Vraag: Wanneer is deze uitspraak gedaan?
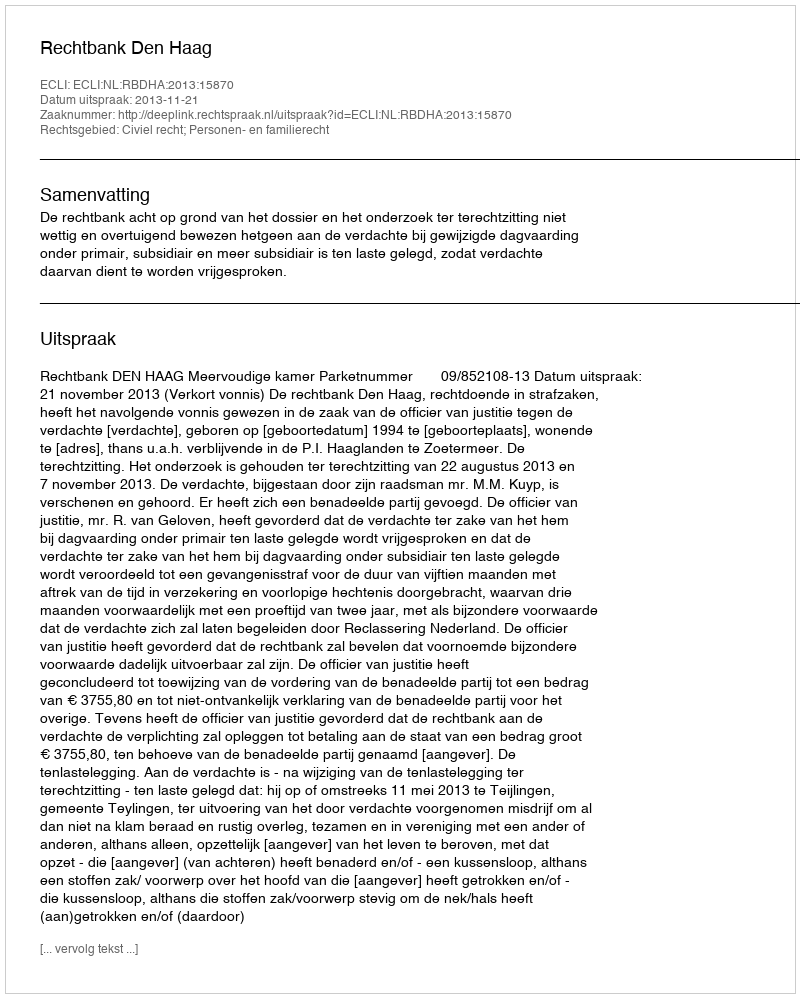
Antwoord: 2013-11-21